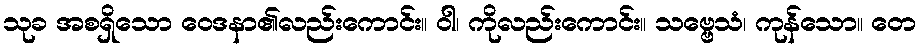
သုခ အစရှိသော ဝေဒနာ၏လည်းကောင်း။ ဝါ၊ ကိုလည်းကောင်း။ သဗ္ဗေသံ၊ ကုန်သော။ တေ